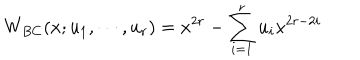
W _ { B C } ( x ; u _ { 1 } , \cdots , u _ { r } ) = x ^ { 2 r } - \sum _ { i = 1 } ^ { r } u _ { i } x ^ { 2 r - 2 i }